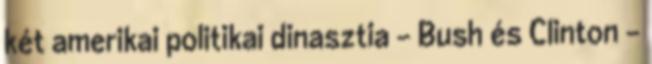
két amerikai politikai dinasztia – Bush és Clinton –